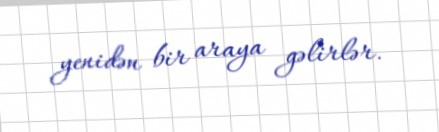
yenidən bir araya gəlirlər.